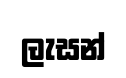
ලැසන්